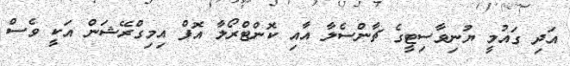
އަދި ގައުމީ ޔުނިވާސިޓީގެ ޗާންސެލާ އާއި ކޮންޓްރޯލާ އޮފް އިމިގްރޭޝަން އަކީ ވެސް